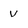
Character: v